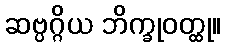
ဆဗ္ပဂ္ဂိယ ဘိက္ခုဝတ္ထု။